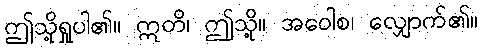
ဤသို့ရှုပါ၏။ ဣတိ၊ ဤုသို့။ အဝေါစ၊ လျှောက်၏။